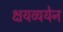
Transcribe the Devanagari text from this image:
क्षयव्ययेन